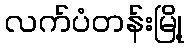
လက်ပံတန်းမြို့